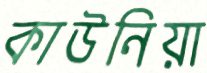
কাউনিয়া